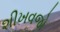
શીખવજો